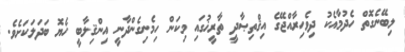
ލިބޭނެގޮތް ހެދުމާއެކު ދިވެހިރާއްޖޭގެ އިޤްތިޞާދީ ތާރީޚުގައި މިކަން ހިމެނިގެންދާނީ އިންޤިލާބީ ހެޔޮ ބަދަލަކަށެވެ.